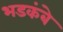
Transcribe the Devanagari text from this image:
भडकंबे